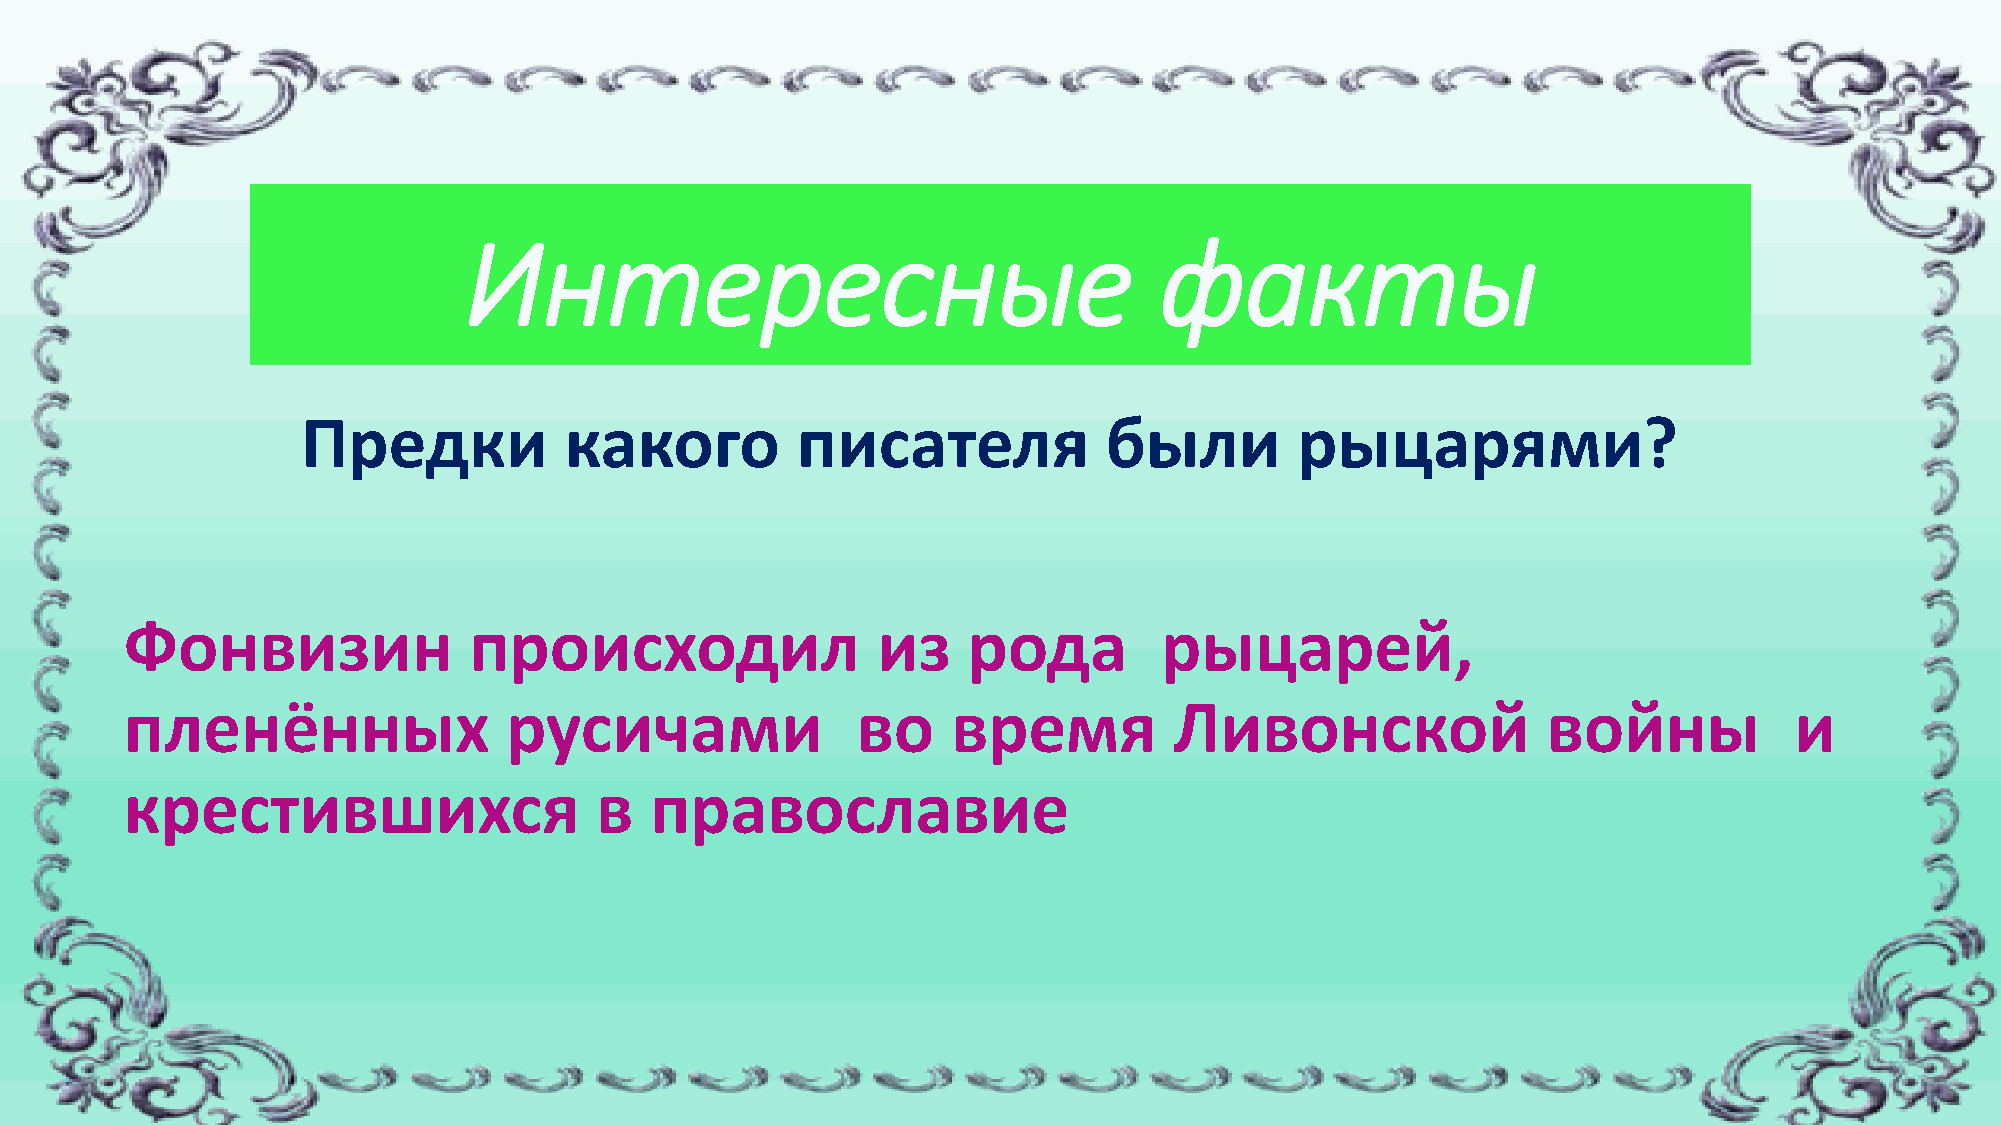
Интересные                                    факты
 Предки           какого          писателя            были         рыцарями?
 Фонвизин               происходил                 из    рода         рыцарей,
 пленённых                русичами                во    время          Ливонской               войны            и
 крестившихся                   в   православие